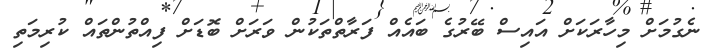
ނެގުމަށް މިހާރަކަށް އައިސް ބޭރުގެ ބައެއް ފަރާތްތަކުން ވަރަށް ބޮޑަށް ފިއްތުންތައް ކުރިމަތި